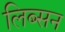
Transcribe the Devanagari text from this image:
लिब्सन